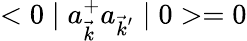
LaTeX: <0\mid a_{\vec{k}}^{+}a_{{\vec{k}}^{'}}\mid 0>=0